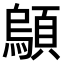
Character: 𫖤